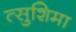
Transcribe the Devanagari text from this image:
त्सुशिमा